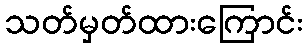
သတ်မှတ်ထားကြောင်း